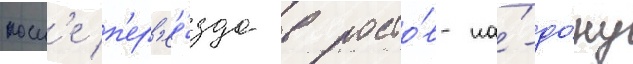
посл'е п'ер'ее́зда в росто́в-на́-до́ну